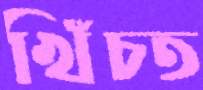
খিঁচত